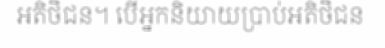
អតិថិជន។ បើអ្នកនិយាយប្រាប់អតិថិជន